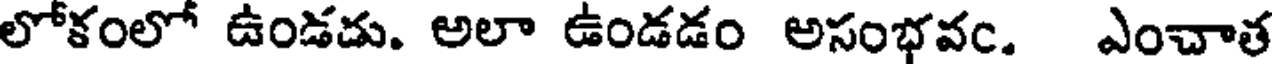
లోకంలో ఉండడు. అలా ఉండడం అసంభవం. ఎంచాత